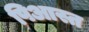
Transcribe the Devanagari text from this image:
पिआस्त